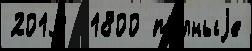
2019  1800 по́лныjе